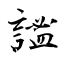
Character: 謐